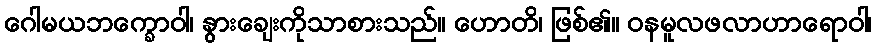
ဂေါမယဘက္ခောဝါ၊ နွားချေးကိုသာစားသည်။ ဟောတိ၊ ဖြစ်၏။ ဝနမူလဖလာဟာရောဝါ၊